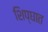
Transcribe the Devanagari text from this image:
शिप्घात